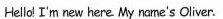
Hellol I'm new here My name's Oliver.